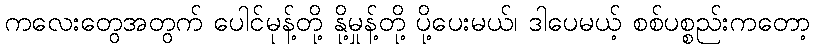
ကလေးတွေအတွက် ပေါင်မုန့်တို့ နို့မှုန့်တို့ ပို့ပေးမယ်၊ ဒါပေမယ့် စစ်ပစ္စည်းကတော့